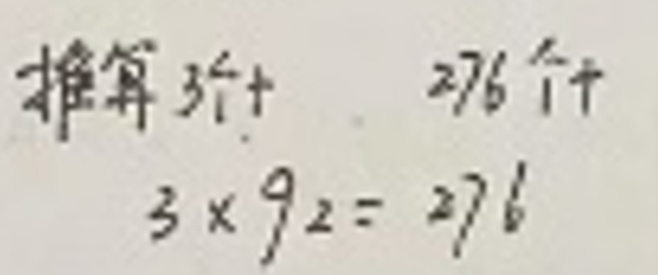
推算$ 3{\uparrow} + 276{\uparrow}$\\
$3\times92 = 276$